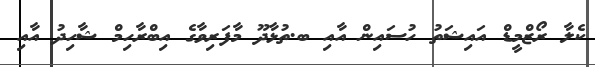
ކެލާ ރޯޒްމީޑް އައިޝަތު ހުސައިން އާއި ބ.ތުޅާދޫ މާފަރިވާގެ އިބްރާހިމް ޝާހިދު އާއި